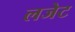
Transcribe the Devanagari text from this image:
लजेट